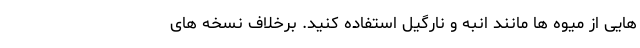
هایی از میوه ها مانند انبه و نارگیل استفاده کنید. برخلاف نسخه های